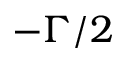
- \Gamma / 2